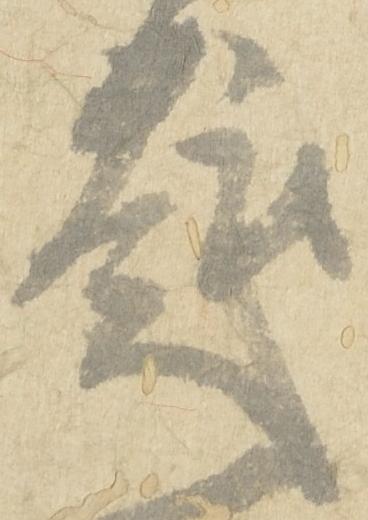
趣